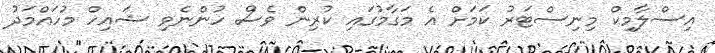
އިސްލާމިކް މިނިސްޓަރު ކަމަށް އެ މަގާމުގައި ކުރިން ވެސް ހުންނެވި ޝައިހް މުހައްމަދު